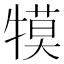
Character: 𭷱